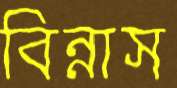
বিন্নাস